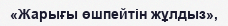
«Жарығы өшпейтін жұлдыз»,